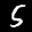
Label: 5